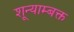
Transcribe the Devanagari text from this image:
शून्याम्बक्त